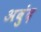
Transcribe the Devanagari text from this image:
अबुंद